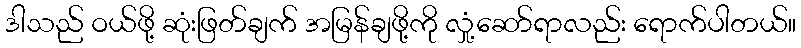
ဒါသည် ဝယ်ဖို့ ဆုံးဖြတ်ချက် အမြန်ချဖို့ကို လှုံ့ဆော်ရာလည်း ရောက်ပါတယ်။